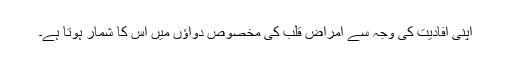
اپنی افادیت کی وجہ سے امراضِ قلب کی مخصوص دواؤں میں اِس کا شمار ہوتا ہے۔